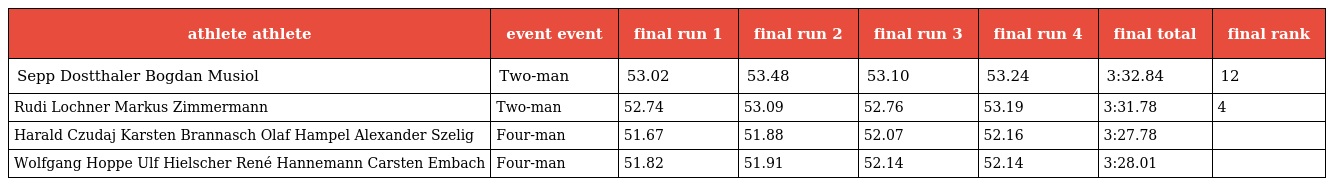
| athlete athlete | event event | final run 1 | final run 2 | final run 3 | final run 4 | final total | final rank |
 | --- | --- | --- | --- | --- | --- | --- | --- |
 | Sepp Dostthaler Bogdan Musiol | Two-man | 53.02 | 53.48 | 53.10 | 53.24 | 3:32.84 | 12 |
 | Rudi Lochner Markus Zimmermann | Two-man | 52.74 | 53.09 | 52.76 | 53.19 | 3:31.78 | 4 |
 | Harald Czudaj Karsten Brannasch Olaf Hampel Alexander Szelig | Four-man | 51.67 | 51.88 | 52.07 | 52.16 | 3:27.78 |  |
 | Wolfgang Hoppe Ulf Hielscher René Hannemann Carsten Embach | Four-man | 51.82 | 51.91 | 52.14 | 52.14 | 3:28.01 |  |